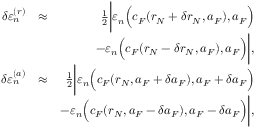
\begin{array} { r l r } { \delta \varepsilon _ { n } ^ { ( r ) } } & { \approx } & { \frac { 1 } { 2 } \bigg | \varepsilon _ { n } \Big ( c _ { F } ( r _ { N } + \delta r _ { N } , a _ { F } ) , a _ { F } \Big ) } \\ & { } & { - \varepsilon _ { n } \Big ( c _ { F } ( r _ { N } - \delta r _ { N } , a _ { F } ) , a _ { F } \Big ) \bigg | , } \\ { \delta \varepsilon _ { n } ^ { ( a ) } } & { \approx } & { \frac { 1 } { 2 } \bigg | \varepsilon _ { n } \Big ( c _ { F } ( r _ { N } , a _ { F } + \delta a _ { F } ) , a _ { F } + \delta a _ { F } \Big ) } \\ & { } & { - \varepsilon _ { n } \Big ( c _ { F } ( r _ { N } , a _ { F } - \delta a _ { F } ) , a _ { F } - \delta a _ { F } \Big ) \bigg | , } \end{array}